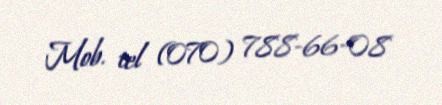
Mob. tel (070) 788-66-08